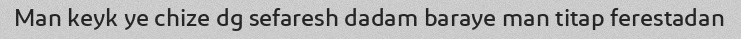
Man keyk ye chize dg sefaresh dadam baraye man titap ferestadan